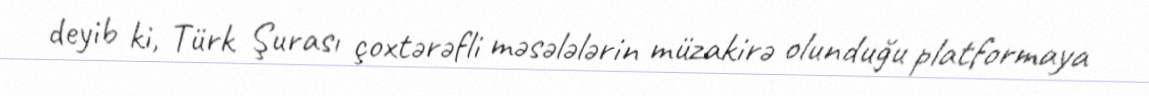
deyib ki, Türk Şurası çoxtərəfli məsələlərin müzakirə olunduğu platformaya